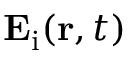
\mathbf { E } _ { \mathrm { i } } ( \mathbf { r } , t )